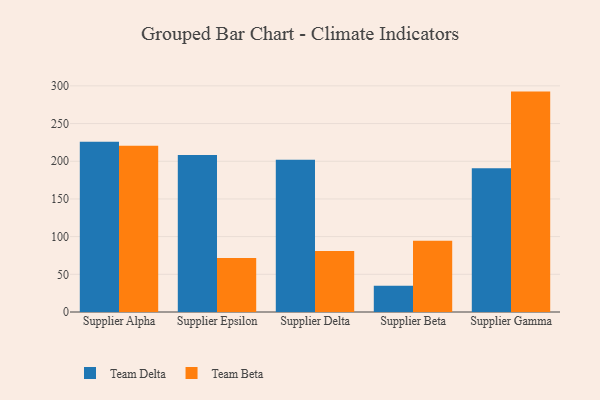
{"axis": {"x": "Supplier", "y": "Page Views"}, "legend": ["Team Beta", "Team Delta"], "data": [{"x": "Supplier Alpha", "y": 225.9, "type": "Team Delta"}, {"x": "Supplier Alpha", "y": 220.7, "type": "Team Beta"}, {"x": "Supplier Epsilon", "y": 208.2, "type": "Team Delta"}, {"x": "Supplier Epsilon", "y": 71.5, "type": "Team Beta"}, {"x": "Supplier Delta", "y": 201.9, "type": "Team Delta"}, {"x": "Supplier Delta", "y": 80.9, "type": "Team Beta"}, {"x": "Supplier Beta", "y": 34.8, "type": "Team Delta"}, {"x": "Supplier Beta", "y": 94.5, "type": "Team Beta"}, {"x": "Supplier Gamma", "y": 190.6, "type": "Team Delta"}, {"x": "Supplier Gamma", "y": 292.4, "type": "Team Beta"}]}